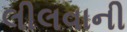
લીલવાની